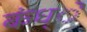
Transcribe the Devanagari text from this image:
कंध्े